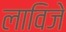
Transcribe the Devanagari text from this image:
लाविजे